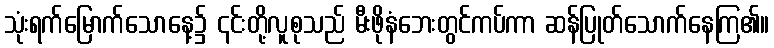
သုံးရက်မြောက်သောနေ့၌ ၎င်းတို့လူစုသည် မီးဖိုနံဘေးတွင်ကပ်ကာ ဆန်ပြုတ်သောက်နေကြ၏။